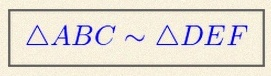
\triangle ABC\sim\triangle DEF